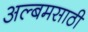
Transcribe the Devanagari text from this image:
अल्बमसाठी